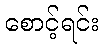
စောင့်ရင်း